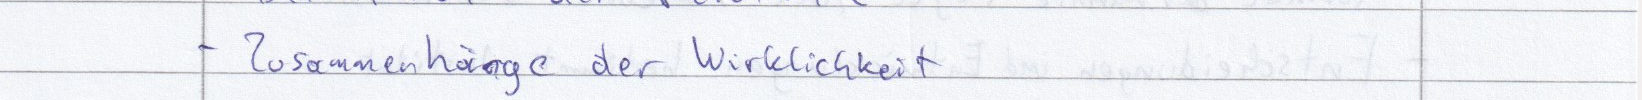
- Zusammenhänge der Wirklichkeit